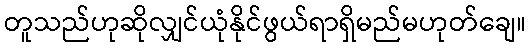
တူသည်ဟုဆိုလျှင်ယုံနိုင်ဖွယ်ရာရှိမည်မဟုတ်ချေ။